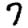
Digit: 7